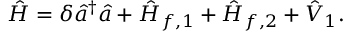
\hat { H } = \delta \hat { a } ^ { \dag } \hat { a } + \hat { H } _ { f , 1 } + \hat { H } _ { f , 2 } + \hat { V } _ { 1 } .